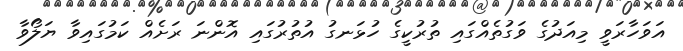
އަވަހާރަވީ މިއަދުގެ ވަގުތެއްގައި ތުރުކީގެ ހުޅަނގު އުތުރުގައި އޮންނަ ރަށެއް ކަމުގައިވާ ޔަލޯވާ